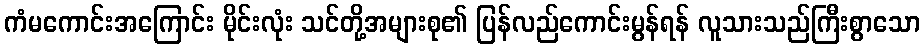
ကံမကောင်းအကြောင်း မိုင်းလုံး သင်တို့အများစု၏ ပြန်လည်ကောင်းမွန်ရန် လူသားသည်ကြီးစွာသော